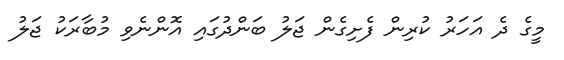
މީގެ ދެ އަހަރު ކުރިން ފެށިގެން ޖަލު ބަންދުގައި އޮންނެވި މުބާރަކު ޖަލު